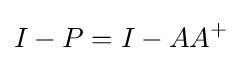
I-P=I-AA^{+}